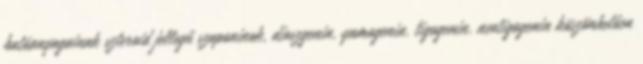
hatóanyagainak szteroid jellegű szaponinok, dioszgenin, yamogenin, tigogenin, neotigogenin köszönhetően